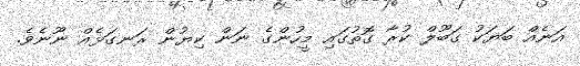
އަނެއް ބަޔަކު ގަބޫލް ކުރާ ގޮތުގައި މީހުންގެ ނަން ކިޔުން ރަނގަޅެއް ނޫނެވެ.